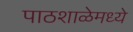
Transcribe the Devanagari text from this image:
पाठशाळेमध्ये